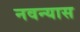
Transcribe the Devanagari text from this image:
नवन्यास